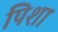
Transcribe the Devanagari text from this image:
पिशा